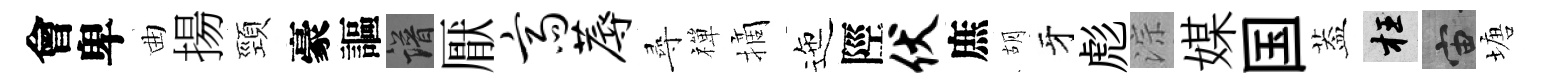
會卑曲揚頸豪謳譜厭斋蓐尋禪摘迤陘伏庶胡牙彪淙媒国葢枉宙塘